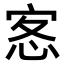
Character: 𭜰